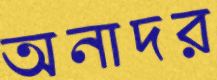
অনাদর